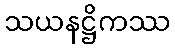
သယနဋ္ဌိကဿ